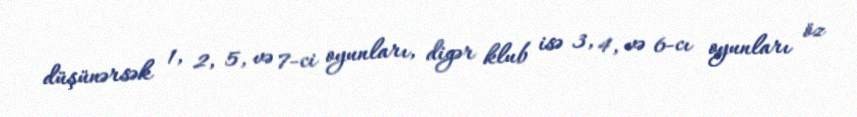
düşünərsək 1, 2, 5, və 7-ci oyunları, digər klub isə 3, 4, və 6-cı oyunları öz